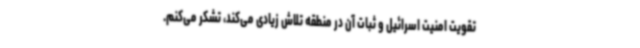
تقویت امنیت اسرائیل و ثبات آن در منطقه تلاش زیادی می‌کند، تشکر می‌کنم.